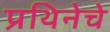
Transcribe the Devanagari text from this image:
प्रथिनेचे